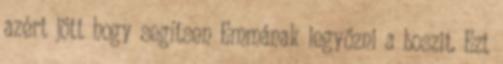
azért jött hogy segítsen Emmának legyőzni a boszit. Ezt